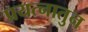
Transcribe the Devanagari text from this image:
प्रयत्नातुन